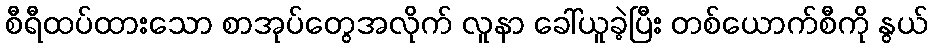
စီရီထပ်ထားသော စာအုပ်တွေအလိုက် လူနာ ခေါ်ယူခဲ့ပြီး တစ်ယောက်စီကို နွယ်